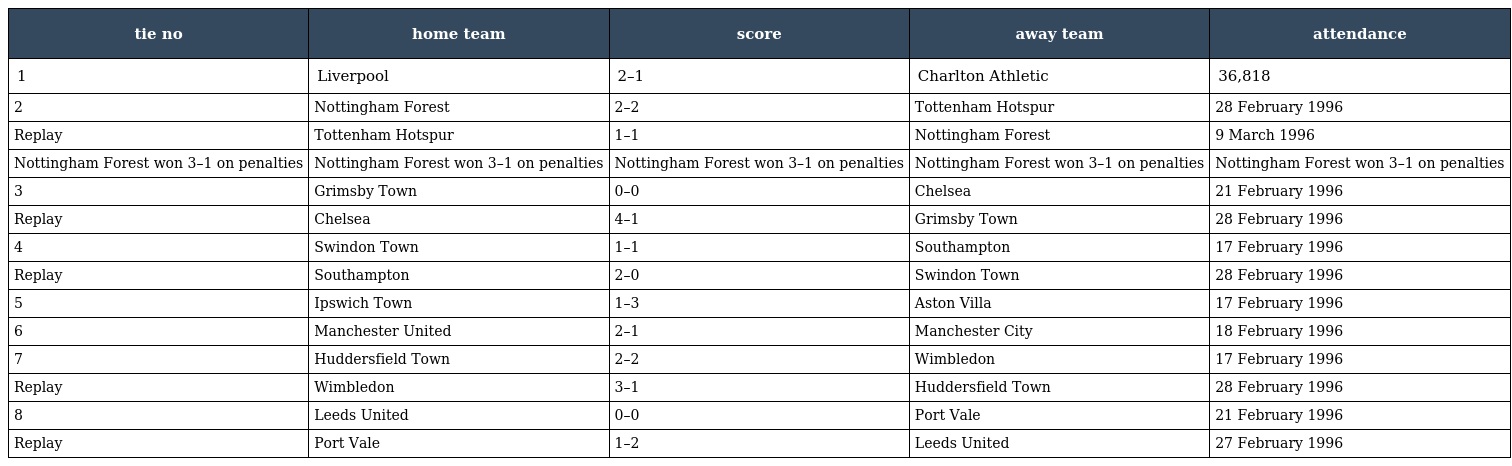
| tie no | home team | score | away team | attendance |
 | --- | --- | --- | --- | --- |
 | 1 | Liverpool | 2–1 | Charlton Athletic | 36,818 |
 | 2 | Nottingham Forest | 2–2 | Tottenham Hotspur | 28 February 1996 |
 | Replay | Tottenham Hotspur | 1–1 | Nottingham Forest | 9 March 1996 |
 | Nottingham Forest won 3–1 on penalties | Nottingham Forest won 3–1 on penalties | Nottingham Forest won 3–1 on penalties | Nottingham Forest won 3–1 on penalties | Nottingham Forest won 3–1 on penalties |
 | 3 | Grimsby Town | 0–0 | Chelsea | 21 February 1996 |
 | Replay | Chelsea | 4–1 | Grimsby Town | 28 February 1996 |
 | 4 | Swindon Town | 1–1 | Southampton | 17 February 1996 |
 | Replay | Southampton | 2–0 | Swindon Town | 28 February 1996 |
 | 5 | Ipswich Town | 1–3 | Aston Villa | 17 February 1996 |
 | 6 | Manchester United | 2–1 | Manchester City | 18 February 1996 |
 | 7 | Huddersfield Town | 2–2 | Wimbledon | 17 February 1996 |
 | Replay | Wimbledon | 3–1 | Huddersfield Town | 28 February 1996 |
 | 8 | Leeds United | 0–0 | Port Vale | 21 February 1996 |
 | Replay | Port Vale | 1–2 | Leeds United | 27 February 1996 |